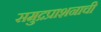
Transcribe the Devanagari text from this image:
समुद्रप्राशनाची